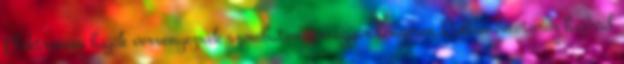
Elektromos hajók versenyeznek szombaton a magyar tengeren Robbanómotoros hajóval